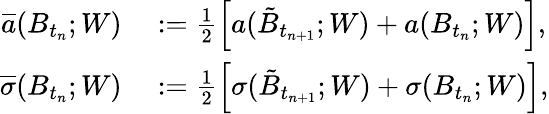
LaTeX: \begin{array}{rl}{\overline{{a}}(B_{t_{n}};W)}&{{}:=\frac{1}{2}\left[a(\tilde{B}_{t_{n+1}};W)+a(B_{t_{n}};W)\right],}\\ {\overline{{\sigma}}(B_{t_{n}};W)}&{{}:=\frac{1}{2}\left[\sigma(\tilde{B}_{t_{n+1}};W)+\sigma(B_{t_{n}};W)\right],}\end{array}